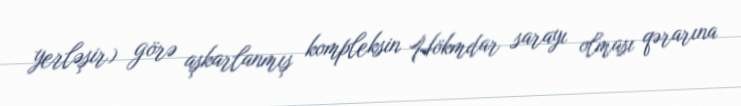
yerləşir) görə aşkarlanmış kompleksin Hökmdar sarayı olması qərarına